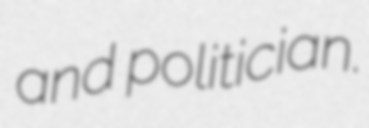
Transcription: and politician.